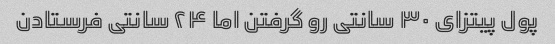
پول پیتزای ۳۰ سانتی رو گرفتن اما ۲۴ سانتی فرستادن